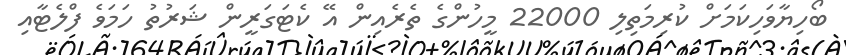
ބޯހިޔާވަހިކަމަށް ކުރިމަތިލި 22000 މީހުންގެ ތެރެއިން އޭ ކެޓަގަރީން ޝަރުތު ހަމަވެ ފްލެޓާއި